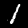
Label: 1